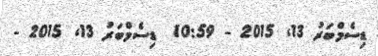
ޑިސެމްބަރު 13